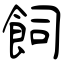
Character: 飼